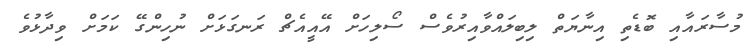
މުސާރައާއި ބޮޑެތި އިނާޔަތް ލިބިލައްވާއިރުވެސް ސޯލިހަށް އޭއީއެޗް ރަނގަޅަށް ނުހިންގޭ ކަމަށް ވިދާޅުވެ